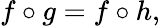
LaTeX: f\circ g=f\circ h,